Cholera in southern India
Disease focus: Cholera
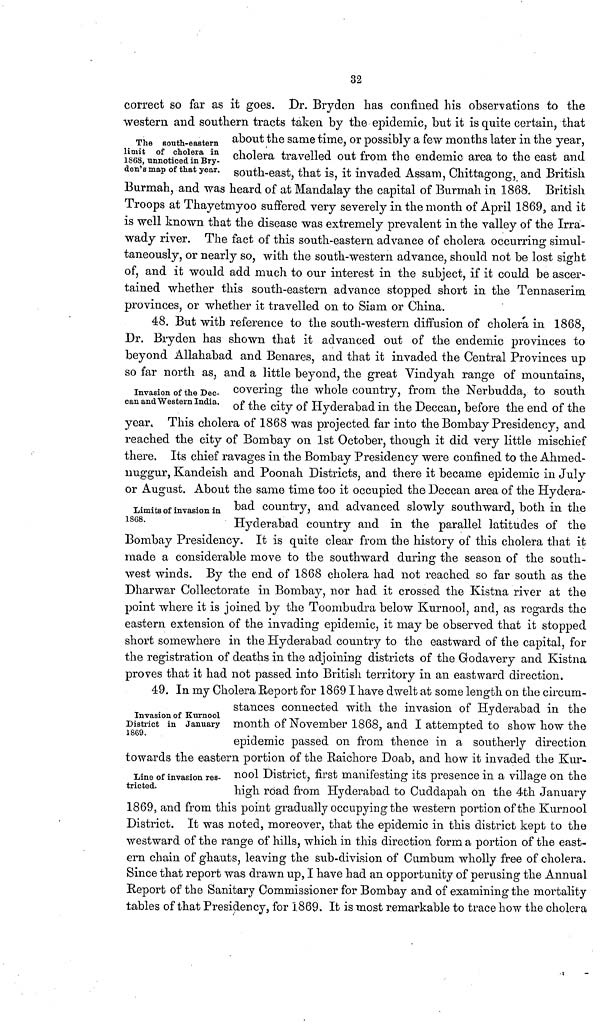
32
The south-eastern
limit of cholera in
1868, unnoticed in Bry-
den's map of that year.
correct so far as it goes. Dr. Bryden has confined his observations to the
western and southern tracts taken by the epidemic, but it is quite certain, that
about the same time, or possibly a few months later in the year,
cholera travelled out from the endemic area to the east and
south-east, that is, it invaded Assam, Chittagong, and British
Burmah, and was heard of at Mandalay the capital of Burmah in 1868. British
Troops at Thayetmyoo suffered very severely in the month of April 1869, and it
is well known that the disease was extremely prevalent in the valley of the Irra-
wady river. The fact of this south-eastern advance of cholera occurring simul-
taneously, or nearly so, with the south-western advance, should not be lost sight
of, and it would add much to our interest in the subject, if it could be ascer-
tained whether this south-eastern advance stopped short in the Tennaserim.
provinces, or whether it travelled on to Siam or China.
Invasion of the Dec-
can and Western India.
48. But with reference to the south-western diffusion of cholera in 1868,
Dr. Bryden has shown that it advanced out of the endemic provinces to
beyond Allahabad and Benares, and that it invaded the Central Provinces up
so far north as, and a little beyond, the great Vindyah range of mountains,
covering the whole country, from the Nerbudda, to south
of the city of Hyderabad in the Deccan, before the end of the
year. This cholera of 1868 was projected far into the Bombay Presidency, and
reached the city of Bombay on 1st October, though it did very little mischief
there. Its chief ravages in the Bombay Presidency were confined to the Ahmed-
nuggur, Kandeish and Poonah Districts, and there it became epidemic in July
or August. About the same time too it occupied the Deccan area of the Hydera-
bad country, and advanced slowly southward, both in the
Hyderabad country and in the parallel latitudes of the
Bombay Presidency. It is quite clear from the history of this cholera that it
made a considerable move to the southward during the season of the south-
west winds. By the end of 1868 cholera had not reached so far south as the
Dharwar Collectorate in Bombay, nor had it crossed the Kistna river at the
point where it is joined by the Toombudra below Kurnool, and, as regards the
eastern extension of the invading epidemic, it may be observed that it stopped
short somewhere in the Hyderabad country to the eastward of the capital, for
the registration of deaths in the adjoining districts of the Godavery and Kistna
proves that it had not passed into British territory in an eastward direction.
Limits of invasion in
1868.
Invasion of Kurnool
District in January
1869.
49. In my Cholera Report for 1869 I have dwelt at some length on the circum-
stances connected with the invasion of Hyderabad in the
month of November 1868, and I attempted to show how the
epidemic passed on from thence in a southerly direction
towards the eastern portion of the Raichore Doab, and how it invaded the Kur-
nool District, first manifesting its presence in a village on the
high road from Hyderabad to Cuddapah on the 4th January
1869, and from this point gradually occupying the western portion of the Kurnool
District. It was noted, moreover, that the epidemic in this district kept to the
westward of the range of hills, which in this direction form a portion of the east-
ern chain of ghauts, leaving the sub-division of Cumbum wholly free of cholera.
Since that report was drawn up, I have had an opportunity of perusing the Annual
Report of the Sanitary Commissioner for Bombay and of examining the mortality
tables of that Presidency, for 1869. It is most remarkable to trace how the cholera
Line of invasion res-
tricted.